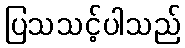
ပြသသင့်ပါသည်